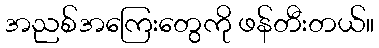
အညစ်အကြေးတွေကို ဖန်တီးတယ်။